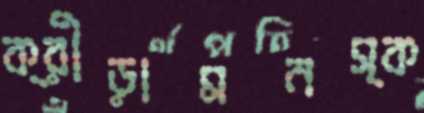
ক্রীড়ামনস্ক